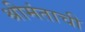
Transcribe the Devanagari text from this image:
श्रीमंताची